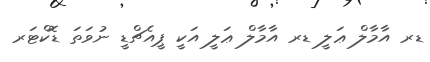
ޑރ އާމާލް ޢަލީ ޑރ އާމާލް ޢަލީ އަކީ ޕީއެޗްޑީ ނުވަތަ ޑޮކްޓަރ